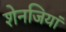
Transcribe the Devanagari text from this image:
शेनजियां